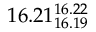
1 6 . 2 1 _ { 1 6 . 1 9 } ^ { 1 6 . 2 2 }